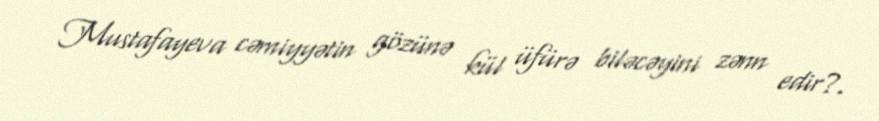
Mustafayeva cəmiyyətin gözünə kül üfürə biləcəyini zənn edir?.